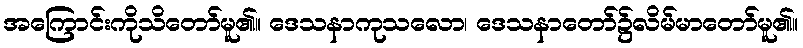
အကြောင်းကိုသိတော်မူ၏။ ဒေသနာကုသလော၊ ဒေသနာတော်၌လိမ်မာတော်မူ၏။